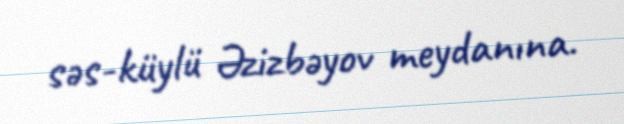
səs-küylü Əzizbəyov meydanına.